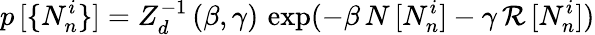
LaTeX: p\, [\{ N_{n}^{i}\} ]=Z_{d}^{-1}\, (\beta,\gamma)\, \exp(-\beta\, N\, [N_{n}^{i}]-\gamma\, {\cal R}\, [N_{n}^{i}])